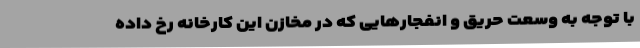
با توجه به وسعت حریق و انفجارهایی که در مخازن این کارخانه رخ داده